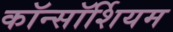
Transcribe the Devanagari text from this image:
कॉन्सॉर्शियम